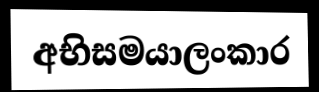
අභිසමයාලංකාර